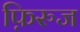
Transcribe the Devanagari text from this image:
फ़िरुज